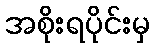
အစိုးရပိုင်းမှ